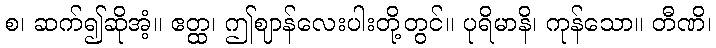
စ၊ ဆက်၍ဆိုအံ့။ ဧတ္ထ၊ ဤဈာန်လေးပါးတို့တွင်။ ပုရိမာနိ၊ ကုန်သော။ တီဏိ၊